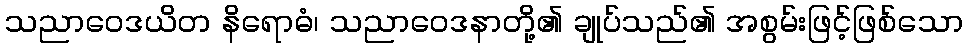
သညာဝေဒယိတ နိရောဓံ၊ သညာဝေဒနာတို့၏ ချုပ်သည်၏ အစွမ်းဖြင့်ဖြစ်သော